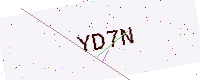
Text: YD7N